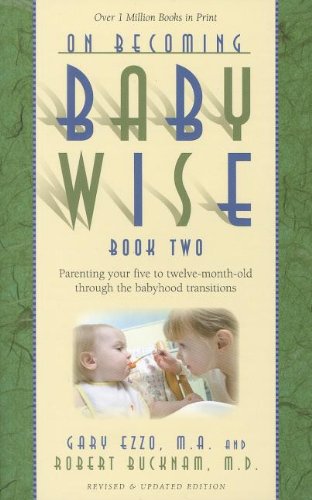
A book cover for On Becoming Baby Wise, Book Two: Parenting Your Five to Twelve-Month Old Through the Babyhood Transition; Gary Ezzo; Parenting & Relationships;